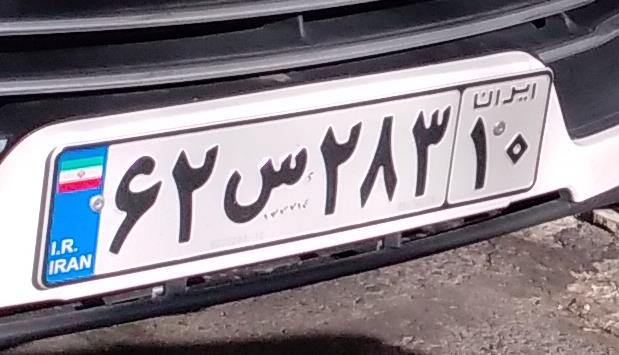
۶۲س۲۸۳۱۰